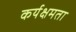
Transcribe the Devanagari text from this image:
कर्यक्षमता